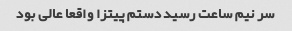
سر نیم ساعت رسید دستم پیتزا واقعا عالی بود